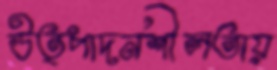
উত্পাদনশীলতায়